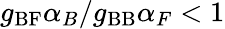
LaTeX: g_{\mathrm{BF}}\alpha_{B}/g_{\mathrm{BB}}\alpha_{F}<1